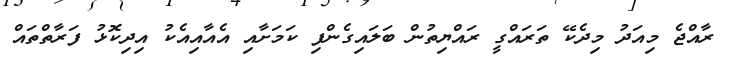
ރާއްޖެ މިއަދު މިދެކޭ ތަރައްގީ ރައްޔިތުން ބަލައިގެންފި ކަމަށާއި އެއާއިއެކު އިދިކޮޅު ފަރާތްތައް